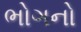
ભોગનો